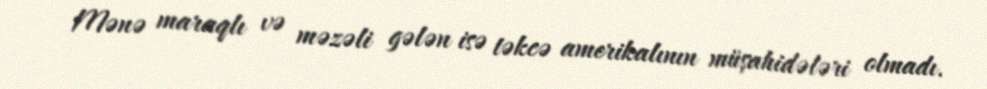
Mənə maraqlı və məzəli gələn isə təkcə amerikalının müşahidələri olmadı.